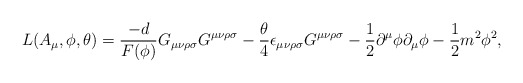
\begin{align*}L(A_\mu, \phi, \theta)={-d \over F(\phi)}G_ {\mu \nu \rho \sigma}G^{\mu \nu \rho \sigma }-{\theta \over 4} \epsilon_{\mu \nu\rho \sigma }G^{\mu \nu \rho \sigma }-{1 \over 2} \partial ^\mu\phi\partial_ \mu\phi-{1 \over 2}m^2 \phi^2,\end{align*}